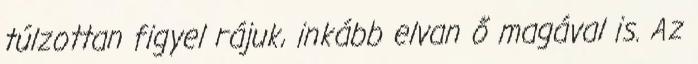
túlzottan figyel rájuk, inkább elvan ő magával is. Az